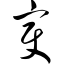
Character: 变